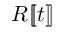
R [ \! [ t ] \! ]